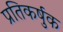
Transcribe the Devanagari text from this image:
प्रतिकर्षुक